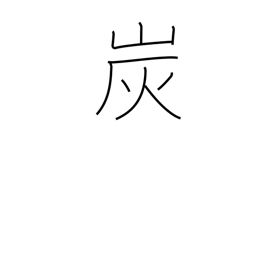
Meaning: charcoal